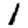
Digit: 1